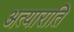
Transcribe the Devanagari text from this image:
अत्याराति